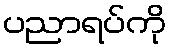
ပညာရပ်ကို